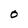
Character: O